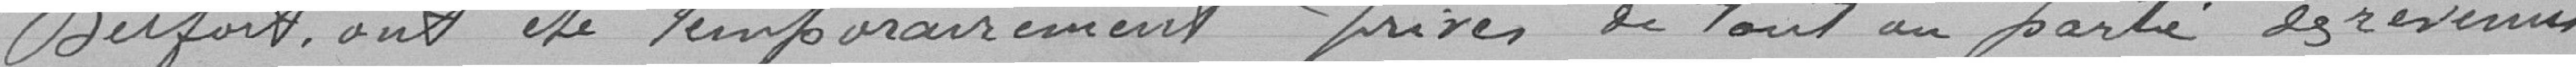
Belfort, ont été temporairement privés de tout ou partie des revenus.